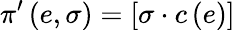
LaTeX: \pi^{\prime}\left(e,\sigma\right)=\left[\sigma\cdot c\left(e\right)\right]